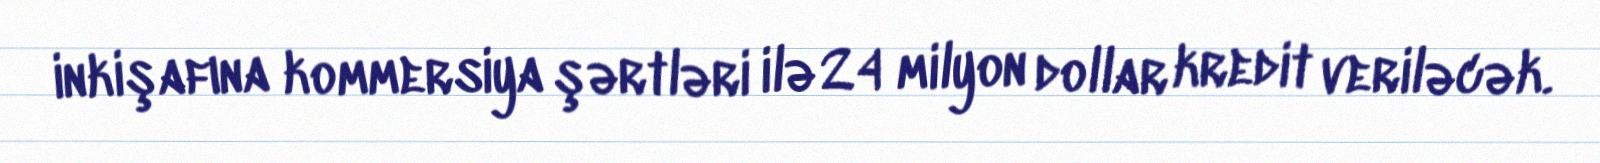
inkişafına kommersiya şərtləri ilə 24 milyon dollar kredit veriləcək.